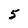
Character: 5